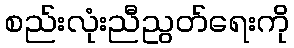
စည်းလုံးညီညွတ်ရေးကို